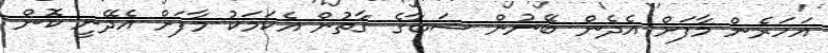
އަހަރެން މާފަށް އެދެން ބޭނުން ޝަބާގެ ގާތުން އެކަމަކު މާފަށް އެދޭނީ ކޮން